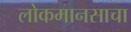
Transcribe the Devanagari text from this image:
लोकमानसाचा